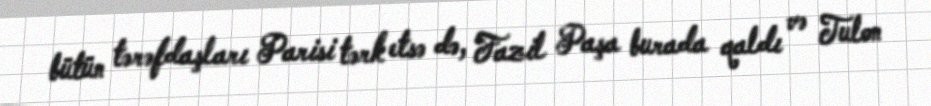
bütün tərəfdaşları Parisi tərk etsə də, Fazil Paşa burada qaldı və Tulon